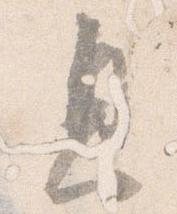
息